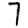
Digit: 7